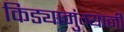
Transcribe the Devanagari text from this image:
किड्यामुंग्यानी